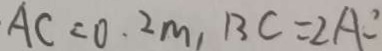
A C = 0 . 2 m , B C = 2 A